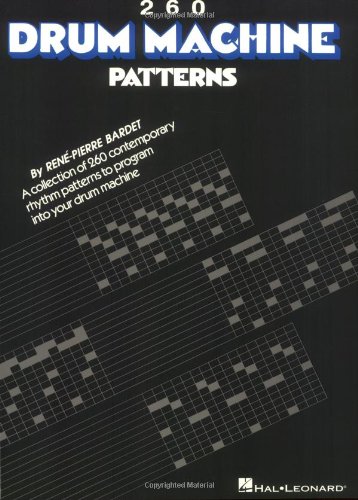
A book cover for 260 Drum Machine Patterns; Science & Math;